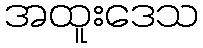
အထူးဒေသ